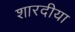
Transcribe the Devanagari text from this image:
शारदीया